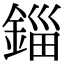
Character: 錙